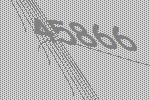
45866